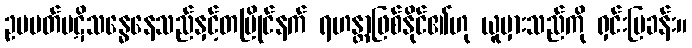
ဥပပတ်ပဋိသန္ဓေနေသည်နှင့်တပြိုင်နက် ရဟန္တာဖြစ်နိုင်၏ဟု ယူမှားသည်ကို ရှင်းပြခန်း။